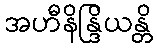
အဟီနိန္ဒြိယန္တိ